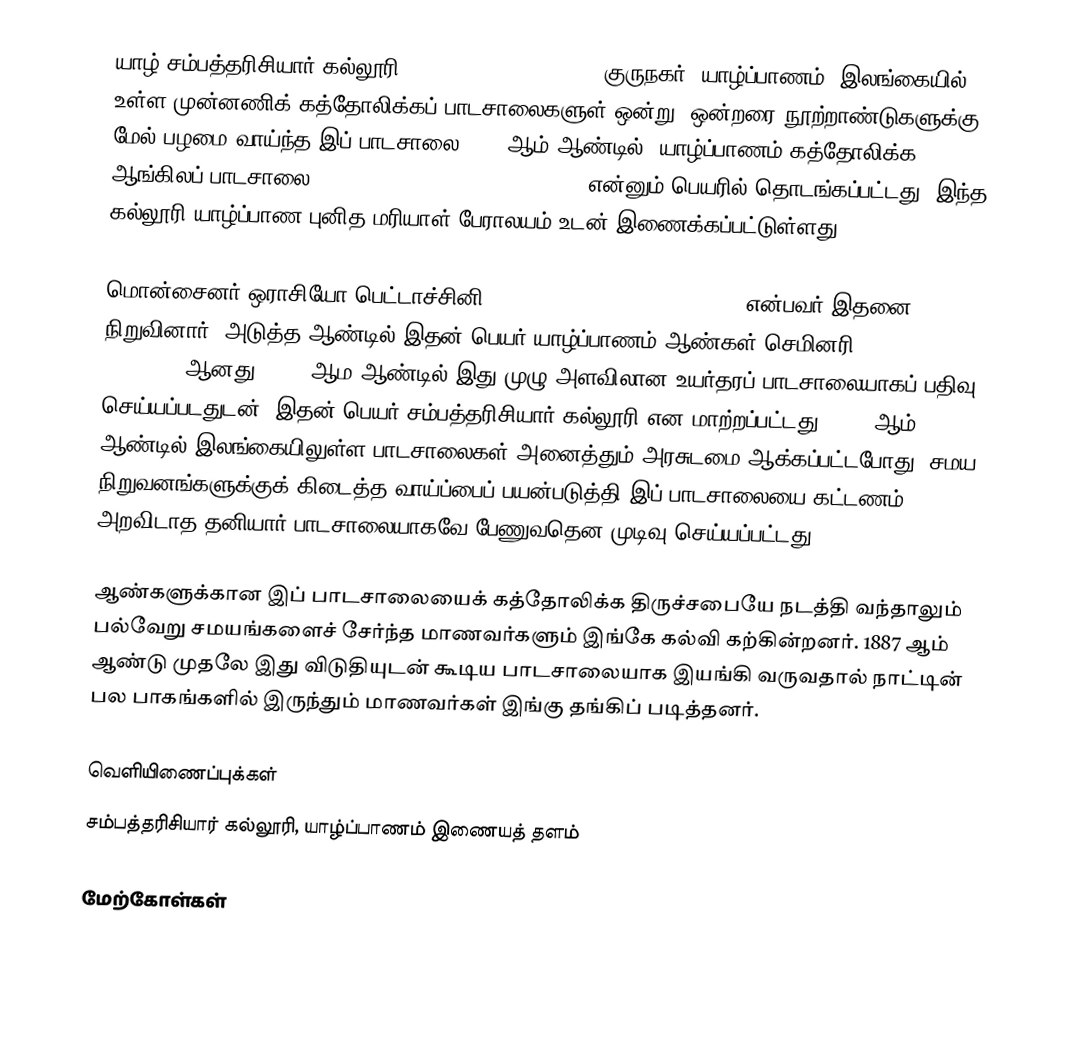
யாழ் சம்பத்தரிசியார் கல்லூரி, (St.Patrick’s College) குருநகர், யாழ்ப்பாணம், இலங்கையில் உள்ள முன்னணிக் கத்தோலிக்கப் பாடசாலைகளுள் ஒன்று. ஒன்றரை நூற்றாண்டுகளுக்கு மேல் பழமை வாய்ந்த இப் பாடசாலை 1850 ஆம் ஆண்டில், யாழ்ப்பாணம் கத்தோலிக்க ஆங்கிலப் பாடசாலை (Jaffna Catholic English School) என்னும் பெயரில் தொடங்கப்பட்டது. இந்த கல்லூரி யாழ்ப்பாண புனித மரியாள் பேராலயம் உடன் இணைக்கப்பட்டுள்ளது.

மொன்சைனர் ஒராசியோ பெட்டாச்சினி (Monsignor Orazio Bettacchini) என்பவர் இதனை நிறுவினார். அடுத்த ஆண்டில் இதன் பெயர் யாழ்ப்பாணம் ஆண்கள் செமினரி (Jaffna Boys’ Seminary) ஆனது. 1881 ஆம ஆண்டில் இது முழு அளவிலான உயர்தரப் பாடசாலையாகப் பதிவு செய்யப்படதுடன், இதன் பெயர் சம்பத்தரிசியார் கல்லூரி என மாற்றப்பட்டது. 1961 ஆம் ஆண்டில் இலங்கையிலுள்ள பாடசாலைகள் அனைத்தும் அரசுடமை ஆக்கப்பட்டபோது, சமய நிறுவனங்களுக்குக் கிடைத்த வாய்ப்பைப் பயன்படுத்தி இப் பாடசாலையை கட்டணம் அறவிடாத தனியார் பாடசாலையாகவே பேணுவதென முடிவு செய்யப்பட்டது.

ஆண்களுக்கான இப் பாடசாலையைக் கத்தோலிக்க திருச்சபையே நடத்தி வந்தாலும் பல்வேறு சமயங்களைச் சேர்ந்த மாணவர்களும் இங்கே கல்வி கற்கின்றனர். 1887 ஆம் ஆண்டு முதலே இது விடுதியுடன் கூடிய பாடசாலையாக இயங்கி வருவதால் நாட்டின் பல பாகங்களில் இருந்தும் மாணவர்கள் இங்கு தங்கிப் படித்தனர்.

வெளியிணைப்புக்கள்
 சம்பத்தரிசியார் கல்லூரி, யாழ்ப்பாணம் இணையத் தளம்

மேற்கோள்கள்